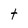
Character: t